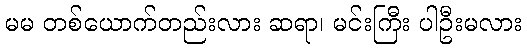
မမ တစ်ယောက်တည်းလား ဆရာ၊ မင်းကြီး ပါဦးမလား